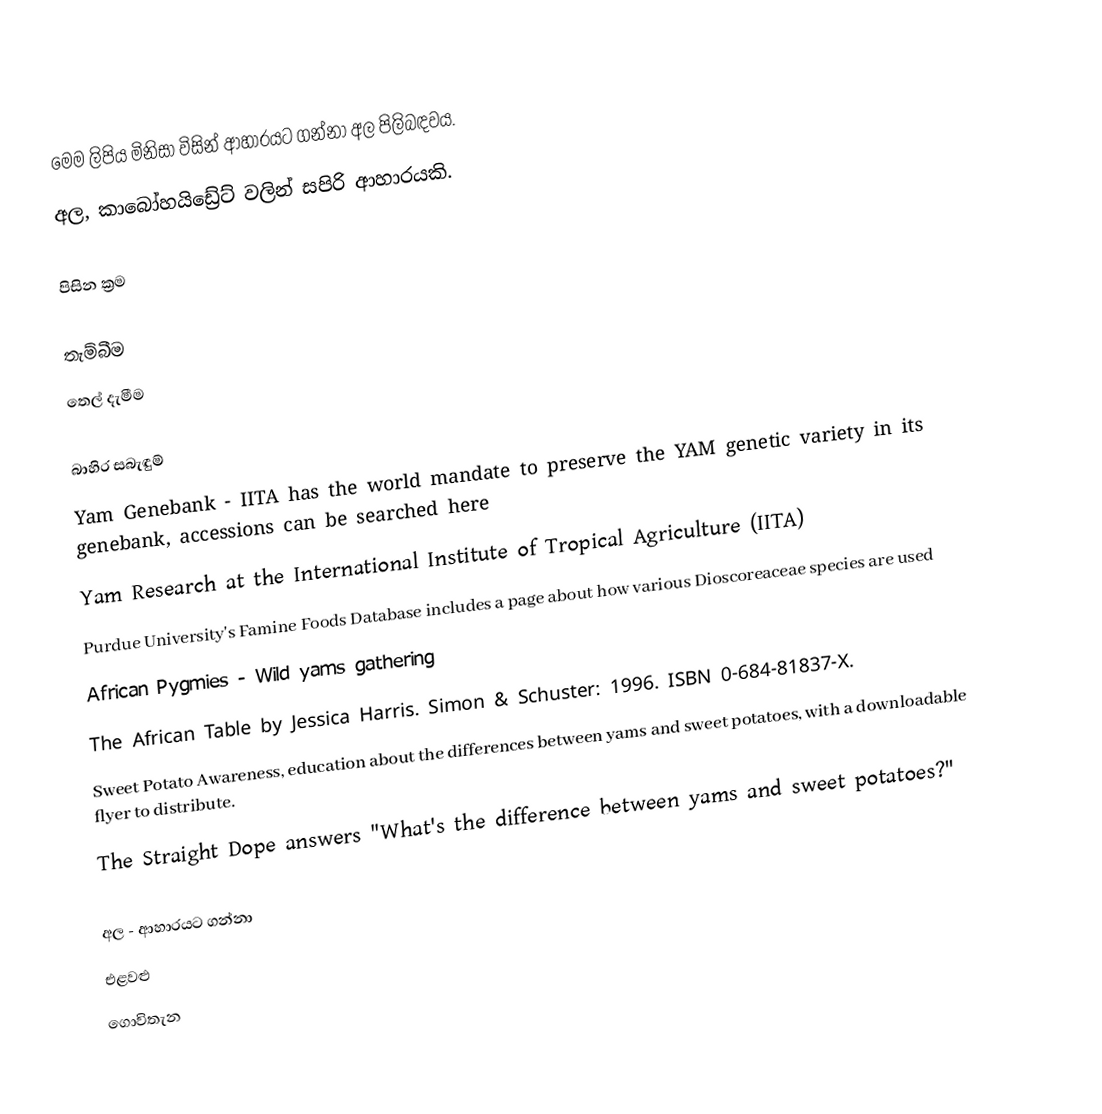
මෙම ලිපිය මිනිසා විසින් ආහාරයට ගන්නා අල පිලිබඳවය.
අල, කාබෝහයිඩ්‍රේට් වලින් සපිරි ආහාරයකි.

පිසින ක්‍රම

 තැම්බීම
 තෙල් දැමීම

බාහිර සබැඳුම්
 Yam Genebank - IITA has the world mandate to preserve the YAM genetic variety in its genebank, accessions can be searched here
 Yam Research at the International Institute of Tropical Agriculture (IITA)
 Purdue University's Famine Foods Database includes a page about how various Dioscoreaceae species are used
 African Pygmies - Wild yams gathering
 The African Table by Jessica Harris. Simon & Schuster: 1996. ISBN 0-684-81837-X.
 Sweet Potato Awareness, education about the differences between yams and sweet potatoes, with a downloadable flyer to distribute.
 The Straight Dope answers "What's the difference between yams and sweet potatoes?"

අල - ආහාරයට ගන්නා
එළවළු
ගොවිතැන